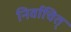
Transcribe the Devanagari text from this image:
निर्वाचित्